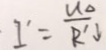
I ^ { \prime } = \frac { U _ { \Delta } } { R ^ { \prime } J }